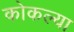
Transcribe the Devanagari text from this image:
कोकल्या